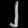
Digit: ၂